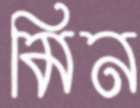
মিন